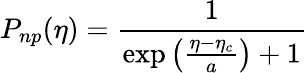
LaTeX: P_{np}(\eta)=\frac{1}{\exp\left(\frac{\eta-\eta_{c}}{a}\right)+1}